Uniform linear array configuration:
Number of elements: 48
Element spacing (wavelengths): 0.25
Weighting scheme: hamming
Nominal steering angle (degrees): -30
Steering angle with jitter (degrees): -31.107
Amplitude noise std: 0.05
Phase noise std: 0.05

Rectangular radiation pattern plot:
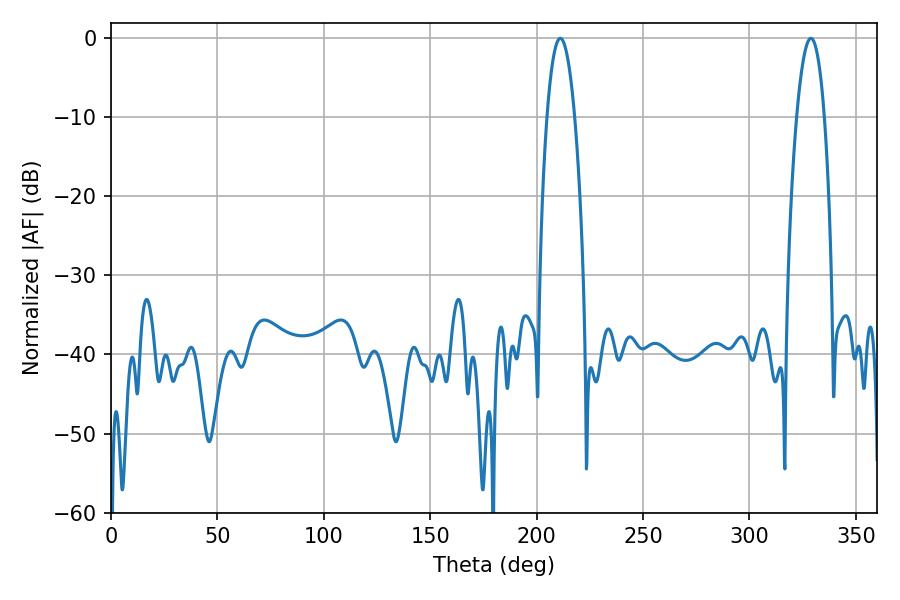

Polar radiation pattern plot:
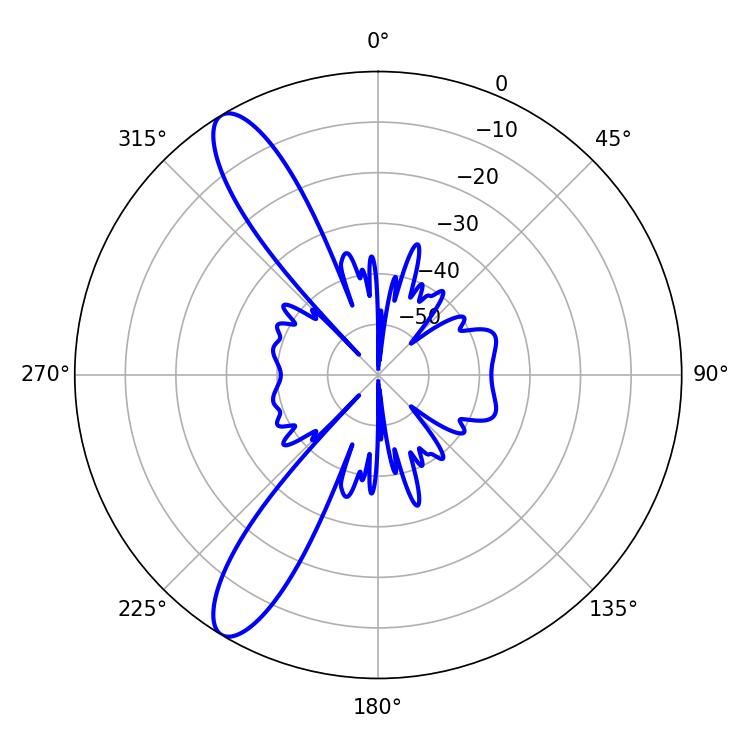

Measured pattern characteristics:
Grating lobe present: FALSE
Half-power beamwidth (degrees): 7.2
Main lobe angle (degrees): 211.14